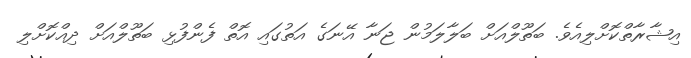
އިޝާރާތްކޮށްލިއެވެ. ބަތޫލްއަށް ބަލާލަމުން ޖަނާ އޭނަގެ އަތުގައި އޮތް ފެންފުޅި ބަތޫލްއަށް ދިއްކޮށްލި